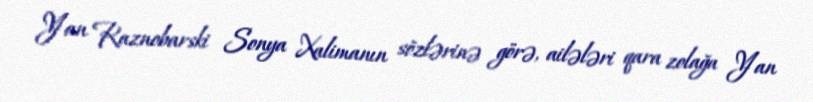
Yan Raznobarski Sonya Xalimanın sözlərinə görə, ailələri qara zolağa Yan